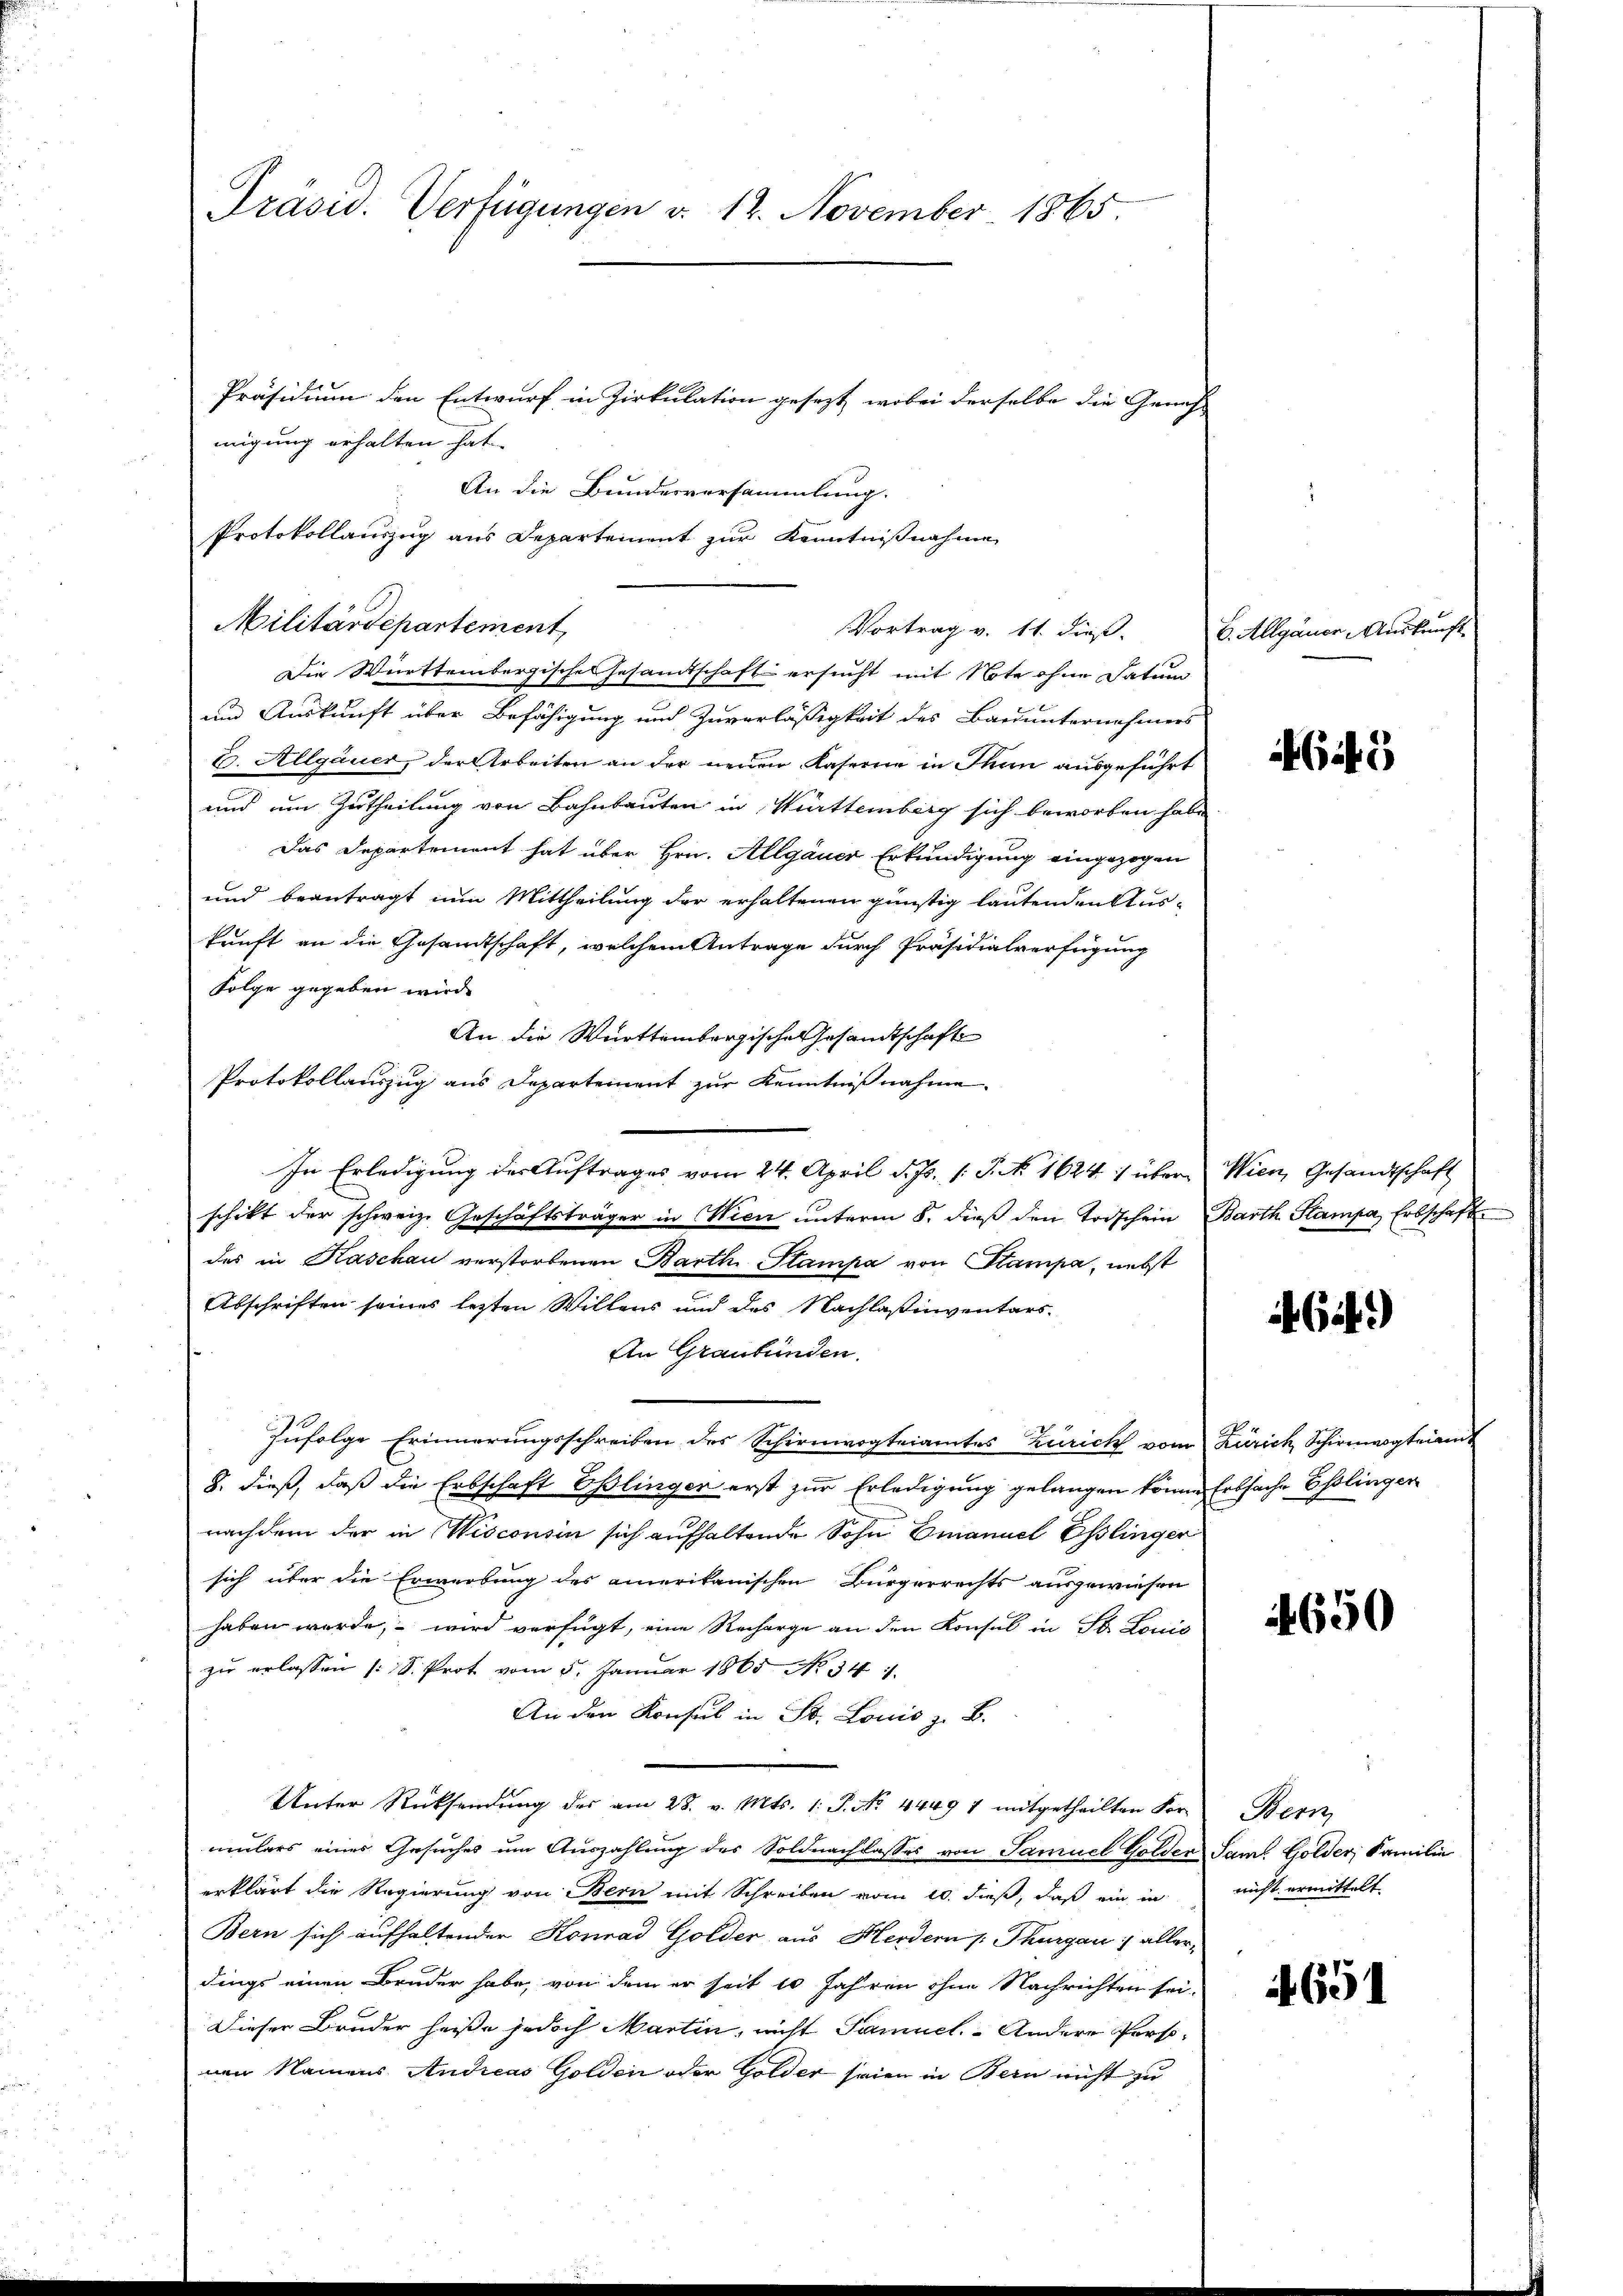
Präsid. Verfügungen v. 12. November 1865.
Präsidium den Entwurf in Zirkulation gesezt, wobei derselbe die Gericht
migung erhalten hat.

Militärdepartement
Die Württembergisches Gesamtschaft ersucht mit Note ohne Datum
und Auskunft über Befähigung und Zuverläßigkeit des Bauunternehmers
B. Allgauer, der Arbeiten an der neuen Kaserne in Thun ausgeführt
und um Zutheilung von Bahnbauten in Württemberg sich beworben habe
Das Departement hat über Hrn. Allgauer Erkundigung eingezogen
und beantragt nun Mittheilung der erhaltenen günstig lautenden Auskunft an die Gesamtschaft, welchem Antrage durch Präsidialverfügung
Folge gegeben wird.
An die Württembergische Gesandtschaft
Protokollauszug aus Departement zur Kenntnißnahme.
In Erledigung der Auftrages vom 24. April d. Js. 1. P. No 1624 :/ über Wien, Gesandtschaft
schikt der schweiz. Geschäftsträger in Wien unterm 8. dieß den Todschein Barth Rampa, Erbschafte
des in Kaschau verstorbenen Barth. Stampa von Stampa, nebst
Abschriften seines lezten Willens und des Nachlaßinventars.
An Graubünden.
zufolge Erinnerungsschreiben des Schirnwogteiamtes Zürich vom Zürich Schirmvogteiamt
8. dieß, daß die Erbschaft Eßlinger erst zur Erledigung gelangen könne Erbsache Esslingen
nachdem der in Wisconsin sich aufhaltende Sohn Emanuel Esslinger
sich über die Erwerbung des amerikanischen Bürgerrechts ausgewiesen
haben werde, wird verfügt, eine Recharge an den Konsul in St. Louis
zu erlassen (S. Prot vom 5. Januar 1865 No 341.
An den Konsul in St. Louis z. B.
Unter Rücksendung des am 28. v. Mts. 1. P. No. 44497 mitgetheilten For-
umulars eines Gesuches um Auszahlung des Soldnachlasses von Samuel Golder Saml. Golder, Familie
erklärt die Regierung von Bern mit Schreiben vom 10. dieß, daß ein in
Bern sich aufhaltender Konrad Golder, aus Herdern /: Thurgau allerdings einen Bruder habe, von dem er seit 10 Jahren ohne Nachrichten sei.
Dieser Bruder heiße jedoch Martin, nicht Samuel Andere Personen Namens Andreas Golden oder Golder seien in Bern nicht zu

An die Bundesversammlung.
Protokollauszug aus Departement zur Kenntnißnahme
Vortrag v. 11. dieß.

B. Allgauer Auskunft

Gi

6it.)

650

Her
nicht ermittelt

651